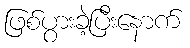
ဖြစ်ပွားခဲ့ပြီးနောက်